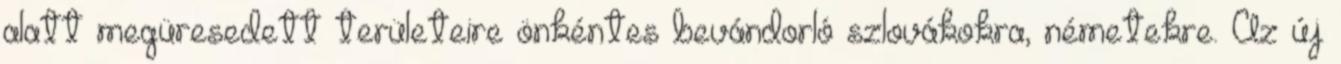
alatt megüresedett területeire önkéntes bevándorló szlovákokra, németekre. Az új